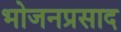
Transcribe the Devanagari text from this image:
भोजनप्रसाद